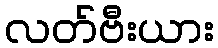
လတ်ဗီးယား